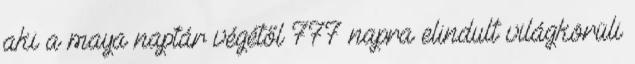
aki a maya naptár végétől 777 napra elindult világkörüli